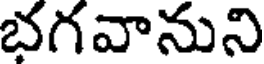
భగవానుని